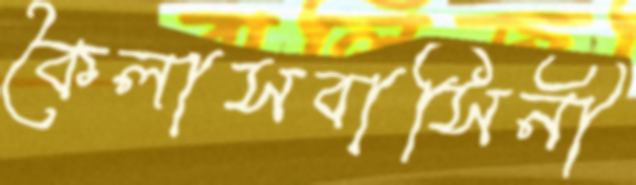
কৈলাসবাসিনী